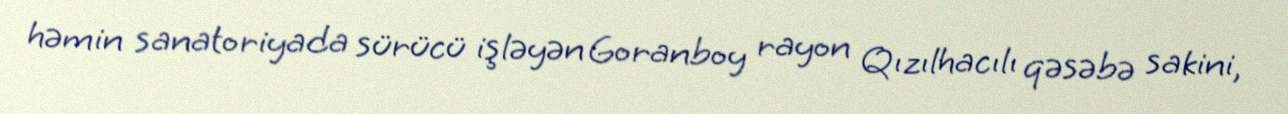
həmin sanatoriyada sürücü işləyən Goranboy rayon Qızılhacılı qəsəbə sakini,